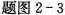
题图2-3